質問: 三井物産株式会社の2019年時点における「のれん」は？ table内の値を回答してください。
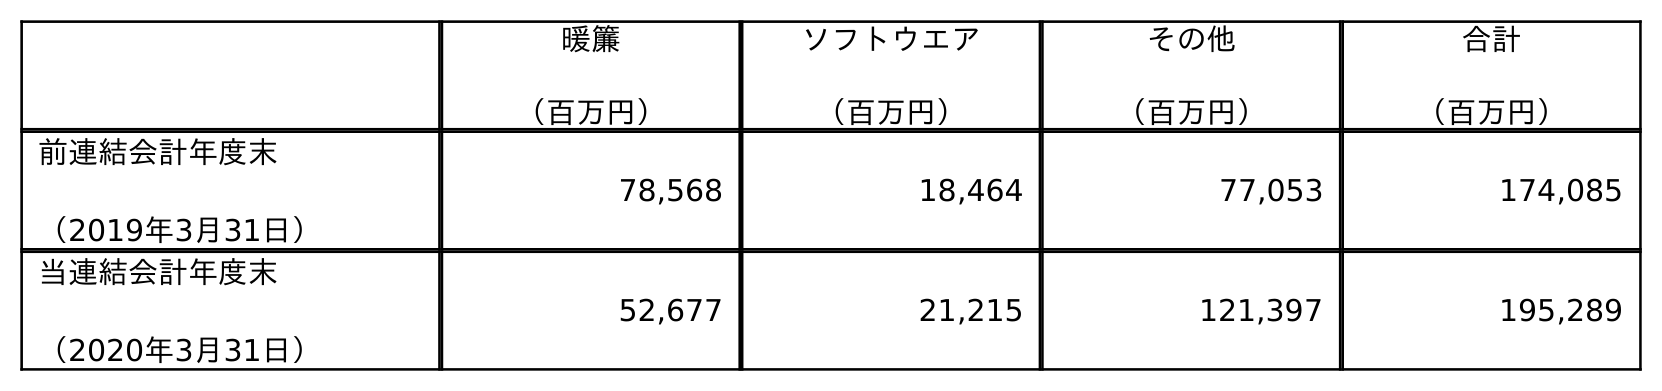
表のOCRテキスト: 暖簾 （百万円） ソフトウエア （百万円） その他 （百万円） 合計 （百万円） 前連結会計年度末 （2019年3月31日） 78,568 18,464 77,053 174,085 当連結会計年度末 （2020年3月31日） 52,677 21,215 121,397 195,289
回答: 78,568